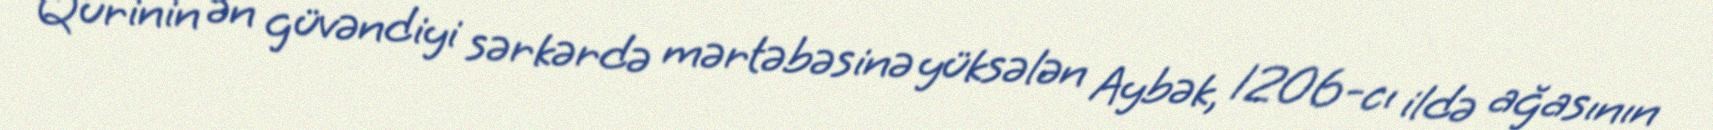
Qurinin ən güvəndiyi sərkərdə mərtəbəsinə yüksələn Aybək, 1206-cı ildə ağasının